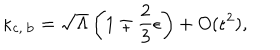
\kappa _ { \mathrm { c , \: b } } = \sqrt { \Lambda } \left( 1 \mp \frac { 2 } { 3 } \epsilon \right) + O ( \epsilon ^ { 2 } ) ,